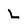
Character: L